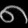
Digit: ၈